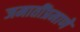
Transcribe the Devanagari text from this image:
जमातींप्रमाणे